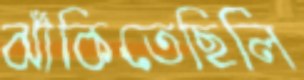
ঝাঁকিতেছিলি